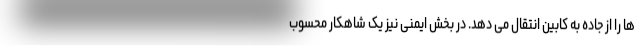
ها را از جاده به کابین انتقال می دهد. در بخش ایمنی نیز یک شاهکار محسوب